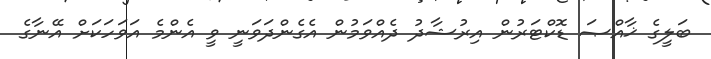
ބަލީގެ ޚާއްޞަ ޑޮކްޓަރުން އިރުޝާދު ދެއްވަމުން އެގެންދަވަނީ ވީ އެންމެ އަވަހަކަށް އޭނާގެ